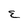
Character: E